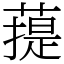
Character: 䔶